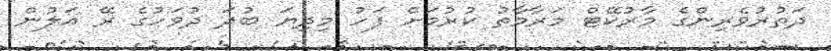
ދަތުރުވެރިންގެ މާރުކޭޓް މަރާމާތު ކުރުމަށް ފަހު މިދިޔަ ބުދަ ދުވަހުގެ ރޭ އަލުން